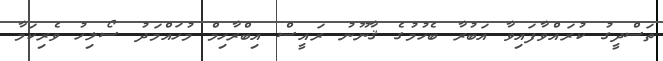
ތަސްދީގު ކުރައްވާފައިވާ އަބުރާ ބެހުމުގެ ޤާނޫނު ރައީސް އިބްރާހިމް މުހައްމަދު ސޯލިހު ވެރިކަމާ